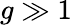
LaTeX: g\gg 1